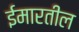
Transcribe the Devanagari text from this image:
ईमारतील